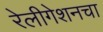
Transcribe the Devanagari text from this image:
रेलीगेशनचा